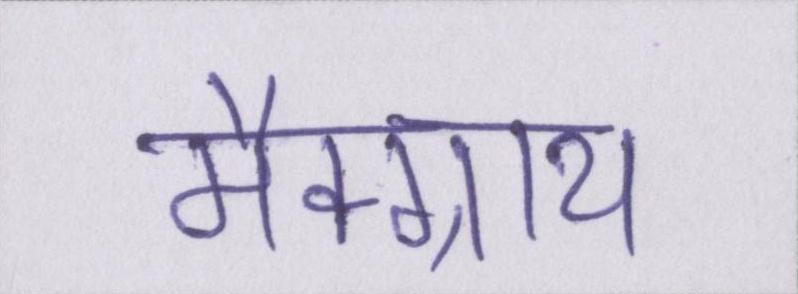
मैक्ग्राथ